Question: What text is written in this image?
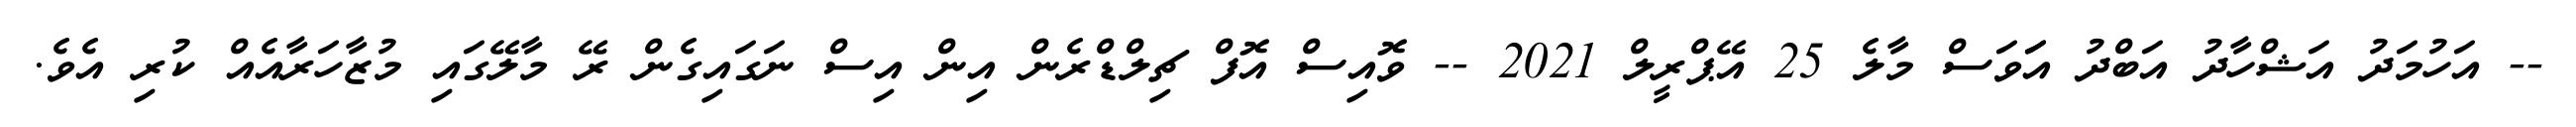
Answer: -- އަހުމަދު އަޝްހާދު އަބްދު އަަވަސް މާލެ 25 އޭޕްރީލް 2021 -- ވޮއިސް އޮފް ޗިލްޑްރެން އިން އިސް ނަގައިގެން ރޭ މާލޭގައި މުޒާހަރާއެއް ކުރި އެވެ.